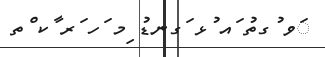
ަވ ުގތު ައ ުޅ ަގނޑު ިމ ަހ ަރ ާކ ްތ